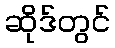
ဆိုဒ်တွင်